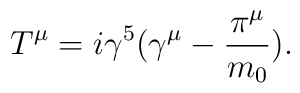
T^\mu =i\gamma ^5(\gamma ^\mu -\frac{\pi^\mu}{m_0}).